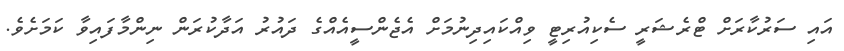
އައި ސަރުކާރަށް ޓްރެޝަރީ ސެކިއުރިޓީ ވިއްކައިދިނުމަށް އެޖެންސީއެއްގެ ދައުރު އަދާކުރަން ނިންމާފައިވާ ކަމަށެވެ.